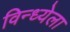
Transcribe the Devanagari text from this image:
विन्ध्येला